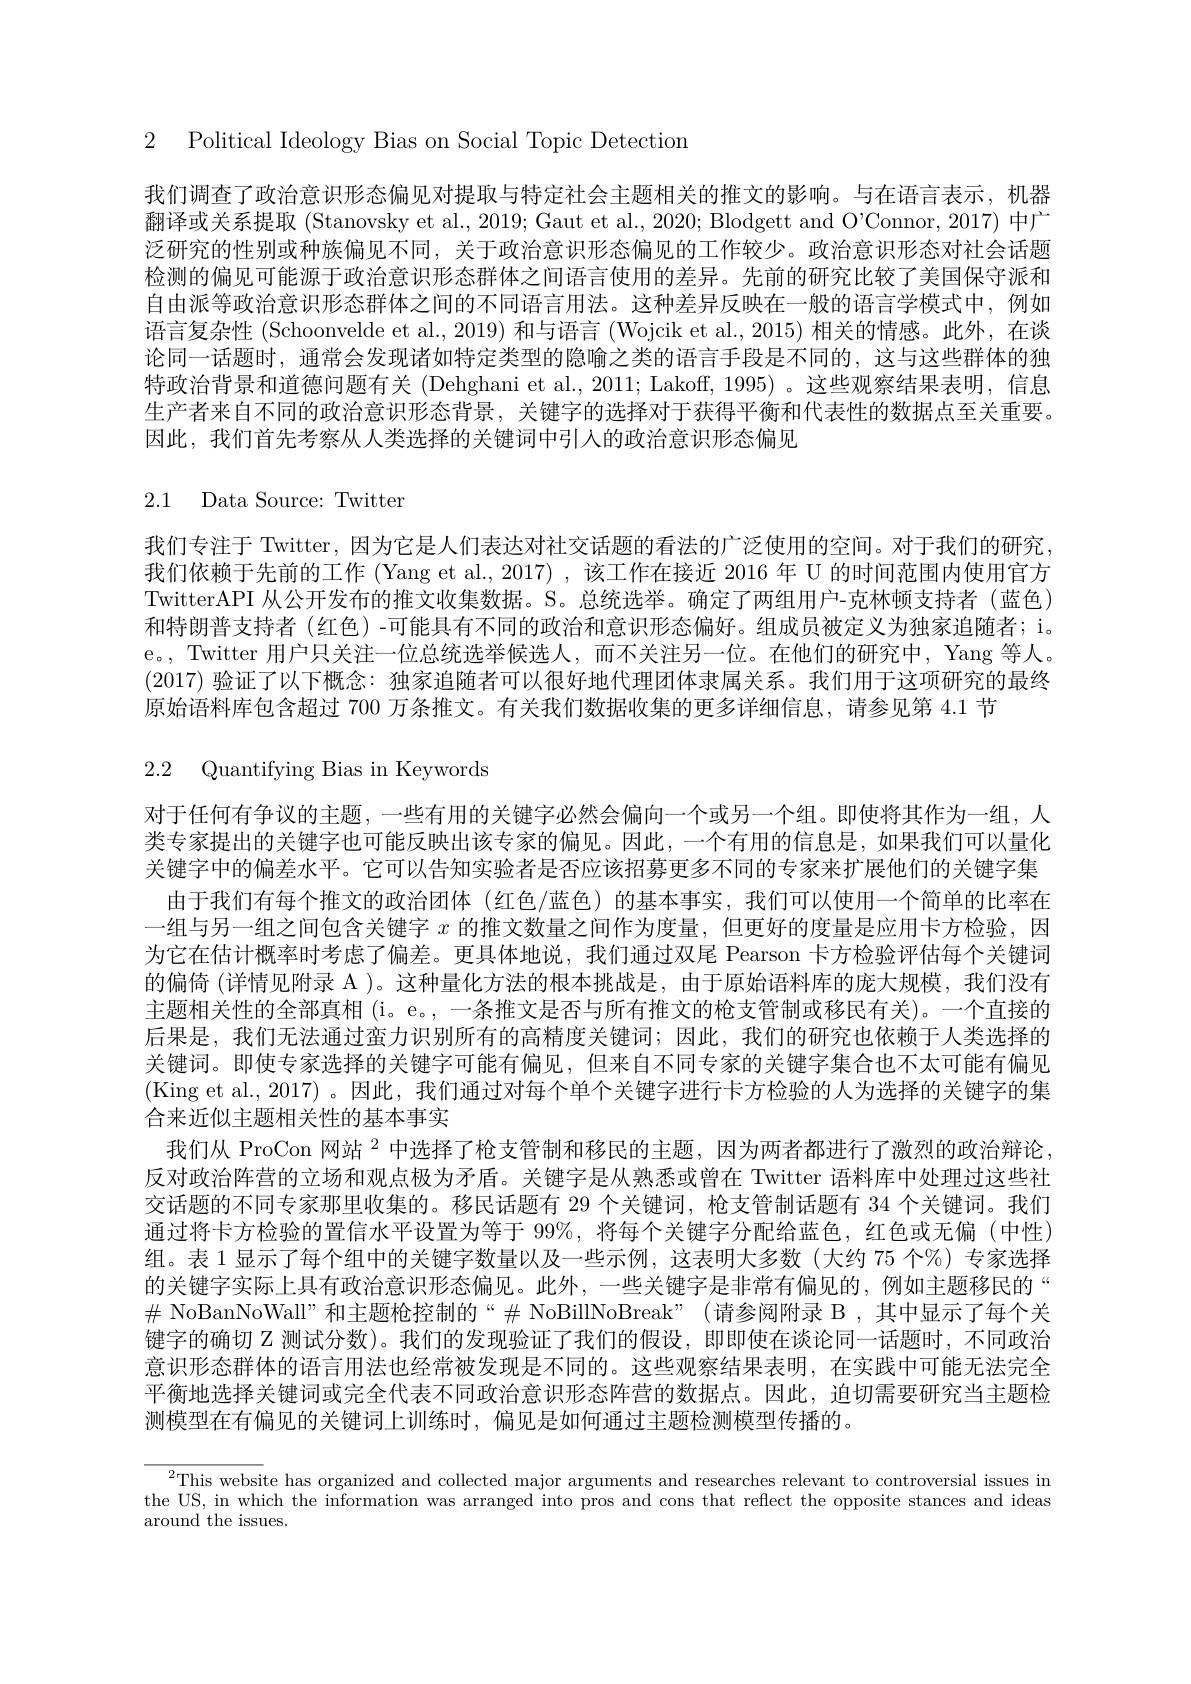
2 Political Ideology Bias on Social Topic Detection

我们调查了政治意识形态偏见对提取与特定社会主题相关的推文的影响。与在语言表示，机器翻译或关系提取 (Stanovsky et al., 2019; Gaut et al., 2020; Blodgett and O'Connor, 2017) 中广泛研究的性别或种族偏见不同，关于政治意识形态偏见的工作较少。政治意识形态对社会话题检测的偏见可能源于政治意识形态群体之间语言使用的差异。先前的研究比较了美国保守派和自由派等政治意识形态群体之间的不同语言用法。这种差异反映在一般的语言学模式中，例如语言复杂性 (Schoonvelde et al., 2019) 和与语言 (Wojcik et al., 2015) 相关的情感。此外，在谈论同一话题时，通常会发现诸如特定类型的隐喻之类的语言手段是不同的，这与这些群体的独特政治背景和道德问题有关 (Dehghani et al., 2011; Lakoff, 1995) 。这些观察结果表明，信息生产者来自不同的政治意识形态背景，关键字的选择对于获得平衡和代表性的数据点至关重要。因此，我们首先考察从人类选择的关键词中引入的政治意识形态偏见

2.1 Data Source: Twitter

我们专注于 Twitter, 因为它是人们表达对社交话题的看法的广泛使用的空间。对于我们的研究， 我们依赖于先前的工作 (Yang et al., 2017) ,该工作在接近 2016 年 U 的时间范围内使用官方TwitterAPI 从公开发布的推文收集数据。S。总统选举。确定了两组用户-克林顿支持者(蓝色) 和特朗普支持者 (红色) -可能具有不同的政治和意识形态偏好。组成员被定义为独家追随者；i。e。, Twitter 用户只关注一位总统选举候选人，而不关注另一位。在他们的研究中，Yang 等人。(2017)验证了以下概念：独家追随者可以很好地代理团体隶属关系。我们用于这项研究的最终原始语料库包含超过 700 万条推文。有关我们数据收集的更多详细信息，请参见第 4.1 节

2.2 Quantifying Bias in Keywords

对于任何有争议的主题，一些有用的关键字必然会偏向一个或另一个组。即使将其作为一组，人类专家提出的关键字也可能反映出该专家的偏见。因此，一个有用的信息是，如果我们可以量化关键字中的偏差水平。它可以告知实验者是否应该招募更多不同的专家来扩展他们的关键字集
由于我们有每个推文的政治团体 (红色/蓝色)的基本事实，我们可以使用一个简单的比率在一组与另一组之间包含关键字$x$的推文数量之间作为度量，但更好的度量是应用卡方检验，因为它在估计概率时考虑了偏差。更具体地说，我们通过双尾 Pearson 卡方检验评估每个关键词的偏倚 (详情见附录 A )。这种量化方法的根本挑战是，由于原始语料库的庞大规模，我们没有主题相关性的全部真相 (i。e。, 一条推文是否与所有推文的枪支管制或移民有关)。一个直接的后果是，我们无法通过蛮力识别所有的高精度关键词；因此，我们的研究也依赖于人类选择的关键词。即使专家选择的关键字可能有偏见，但来自不同专家的关键字集合也不太可能有偏见(King et al., 2017)。因此，我们通过对每个单个关键字进行卡方检验的人为选择的关键字的集合来近似主题相关性的基本事实
我们从 ProCon 网站$^{2}$中选择了枪支管制和移民的主题，因为两者都进行了激烈的政治辩论， 反对政治阵营的立场和观点极为矛盾。关键字是从熟悉或曾在 Twitter 语料库中处理过这些社交话题的不同专家那里收集的。移民话题有 29 个关键词，枪支管制话题有 34 个关键词。我们通过将卡方检验的置信水平设置为等于 99%, 将每个关键字分配给蓝色，红色或无偏 (中性) 组。表 1 显示了每个组中的关键字数量以及一些示例，这表明大多数(大约 75 个%)专家选择的关键字实际上具有政治意识形态偏见。此外，一些关键字是非常有偏见的，例如主题移民的“ $\#$ NoBanNoWall”和主题枪控制的“$\#$NoBillNoBreak”(请参阅附录 B,其中显示了每个关键字的确切 Z 测试分数)。我们的发现验证了我们的假设，即即使在谈论同一话题时，不同政治意识形态群体的语言用法也经常被发现是不同的。这些观察结果表明，在实践中可能无法完全平衡地选择关键词或完全代表不同政治意识形态阵营的数据点。因此，迫切需要研究当主题检测模型在有偏见的关键词上训练时，偏见是如何通过主题检测模型传播的。

$^{2}$This website has organized and collected major arguments and researches relevant to controversial issues in the US, in which the information was arranged into pros and cons that reflect the opposite stances and ideas around the issues.